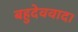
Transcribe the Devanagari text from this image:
बहुदेववाद।